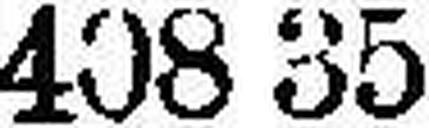
408 35